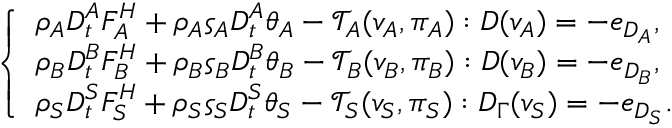
\left\{ \begin{array} { l l } { \rho _ { A } D _ { t } ^ { A } F _ { A } ^ { H } + \rho _ { A } \varsigma _ { A } D _ { t } ^ { A } \theta _ { A } - \mathcal { T } _ { A } ( v _ { A } , \pi _ { A } ) : D ( v _ { A } ) = - e _ { D _ { A } } , } \\ { \rho _ { B } D _ { t } ^ { B } F _ { B } ^ { H } + \rho _ { B } \varsigma _ { B } D _ { t } ^ { B } \theta _ { B } - \mathcal { T } _ { B } ( v _ { B } , \pi _ { B } ) : D ( v _ { B } ) = - e _ { D _ { B } } , } \\ { \rho _ { S } D _ { t } ^ { S } F _ { S } ^ { H } + \rho _ { S } \varsigma _ { S } D _ { t } ^ { S } \theta _ { S } - \mathcal { T } _ { S } ( v _ { S } , \pi _ { S } ) : D _ { \Gamma } ( v _ { S } ) = - e _ { D _ { S } } . } \end{array} \right.